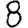
Digit: 8